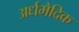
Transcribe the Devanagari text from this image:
अर्धभैदिक